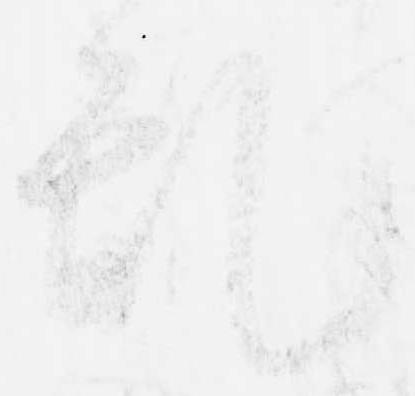
乱